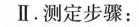
Ⅱ. 测定步骤：